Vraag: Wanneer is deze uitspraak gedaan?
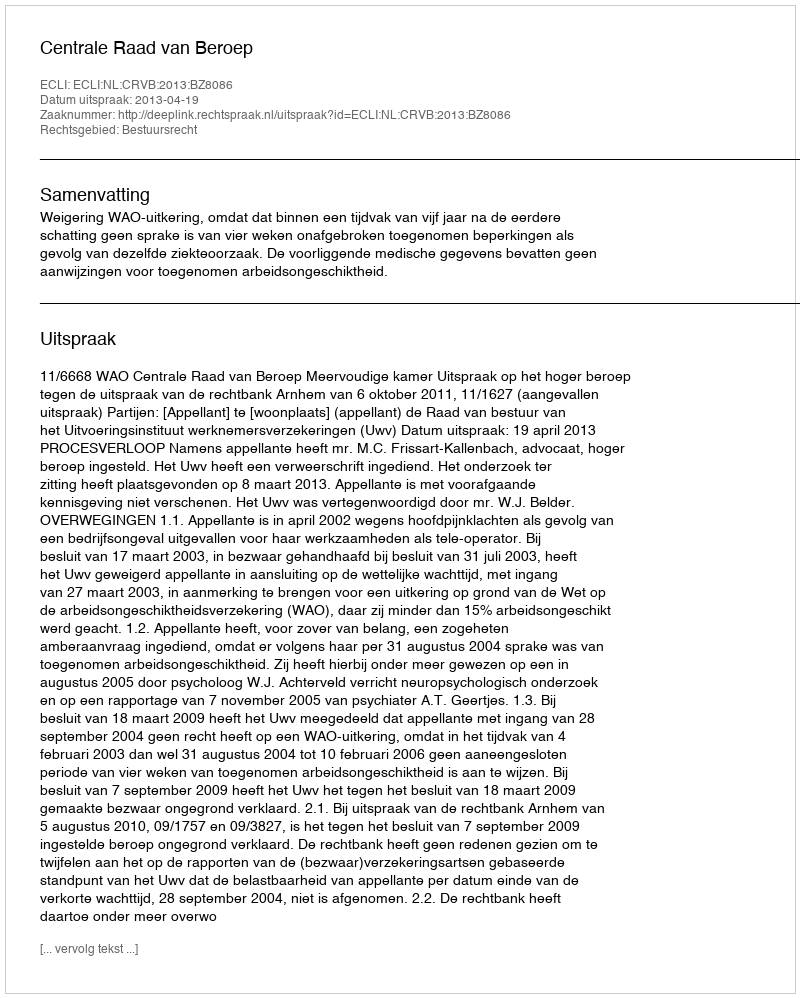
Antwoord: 2013-04-19